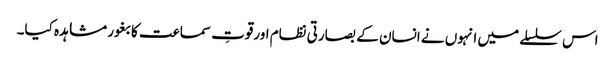
اس سلسلے میں انہوں نے انسان کے بصارتی نظام اورقوتِ سماعت کا بغور مشاہدہ کیا۔